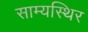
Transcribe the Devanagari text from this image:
साम्यस्थिर